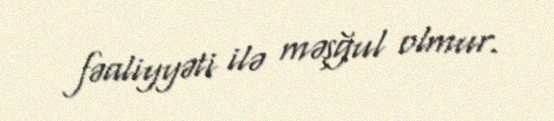
fəaliyyəti ilə məşğul olmur.